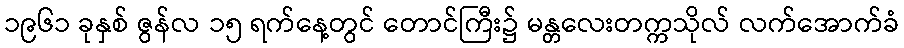
၁၉၆၁ ခုနှစ် ဇွန်လ ၁၅ ရက်နေ့တွင် တောင်ကြီး၌ မန္တလေးတက္ကသိုလ် လက်အောက်ခံ